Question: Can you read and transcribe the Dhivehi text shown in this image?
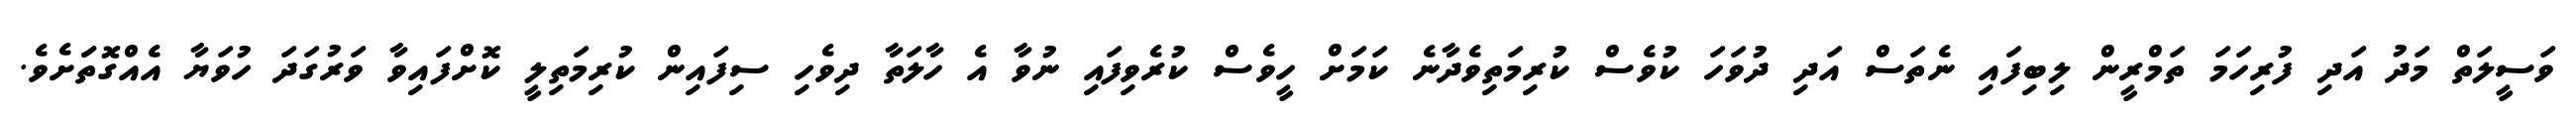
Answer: ވަސީލަތް މަދު އަދި ފުރިހަމަ ތަމްރީން ލިބިފައި ނެތަސް އަދި ދުވަހަ ކުވެސް ކުރިމަތިވެދާނެ ކަމަށް ހީވެސް ކުރެވިފައި ނުވާ އެ ހާލަތާ ދިވެހި ސިފައިން ކުރިމަތިލީ ކޮށްފައިވާ ވަރުގަދަ ހުވަޔާ އެއްގޮތަަށެވެ.